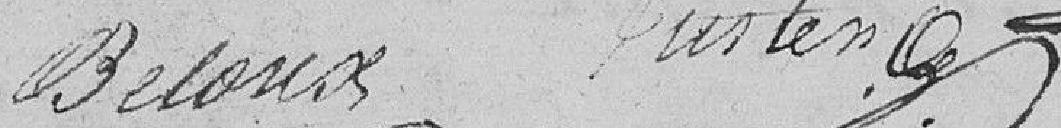
Beloux